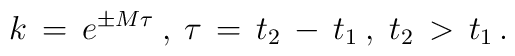
k\, =\, e^{\pm M\tau} \: ,\: \tau \, = \, t_{2} \, - \, t_{1} \: ,\; t_{2} \, > \, t_{1} \, .